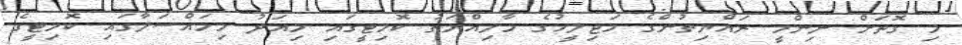
މި ގޮތަށް ނިންމީ ރައްޔިތުންގެ މަޖިލީހުގެ މާލިއްޔަތު ކޮމިޓީގައި މިއަދު މިމައްސަލާގައި ކޮމިޓީގެ